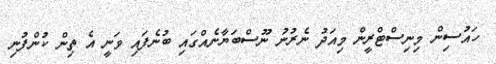
ހައުސިން މިނިސްޓްރީން މިއަދު ނެރުނު ނޫސްބަޔާނެއްގައި ބުނެފައި ވަނީ އެ ތިން ކުންފުނި